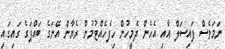
ނަމަވެސް ފައިސަލް އާއި އެހެން ދެމީހުން ހިފެހެއްޓުމުން ރެޔާން އޭނަގެ ބައްޕަގެ ގައިގައި